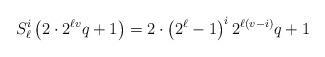
LaTeX: \begin{align*}S^i_{\ell}\left( 2\cdot 2^{\ell v} q + 1\right) = 2\cdot \left( 2^{\ell} - 1 \right)^i 2^{\ell(v-i)} q +1\end{align*}